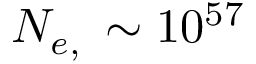
N _ { e , \astrosun } \sim 1 0 ^ { 5 7 }